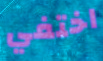
اختفي